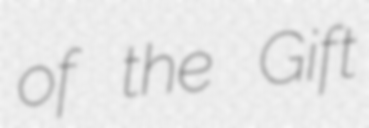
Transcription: of the Gift